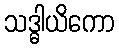
သဒ္ဓါယိကော